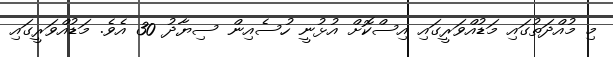
މި މުއްދަތުގައި މަޑުއްވަރީގައި އިސްކޮށް އުޅުނީ ހުސެއިން ސިޔާދު 30 އެވެ. މަޑުއްވަރީގައި